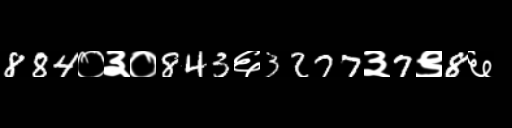
Text: 884०३०843६3277३7९8६